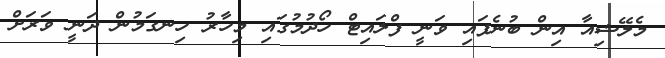
މެލޭޝިއާ އިން ބުނެފައި ވަނީ ފްލައިޓް ހޯދުމުގައި މިހާރު ހިނގަމުން ދަނީ ވަރަށް